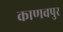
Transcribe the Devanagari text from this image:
काणवपुर